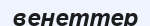
венеттер